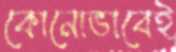
কোনোভাবেই